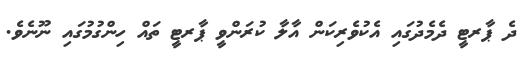
ދެ ޕާރޓީ ދެމެދުގައި އެކުވެރިކަން އާލާ ކުރަންވީ ޕާރޓީ ތައް ހިންގުމުގައި ނޫނެވެ.